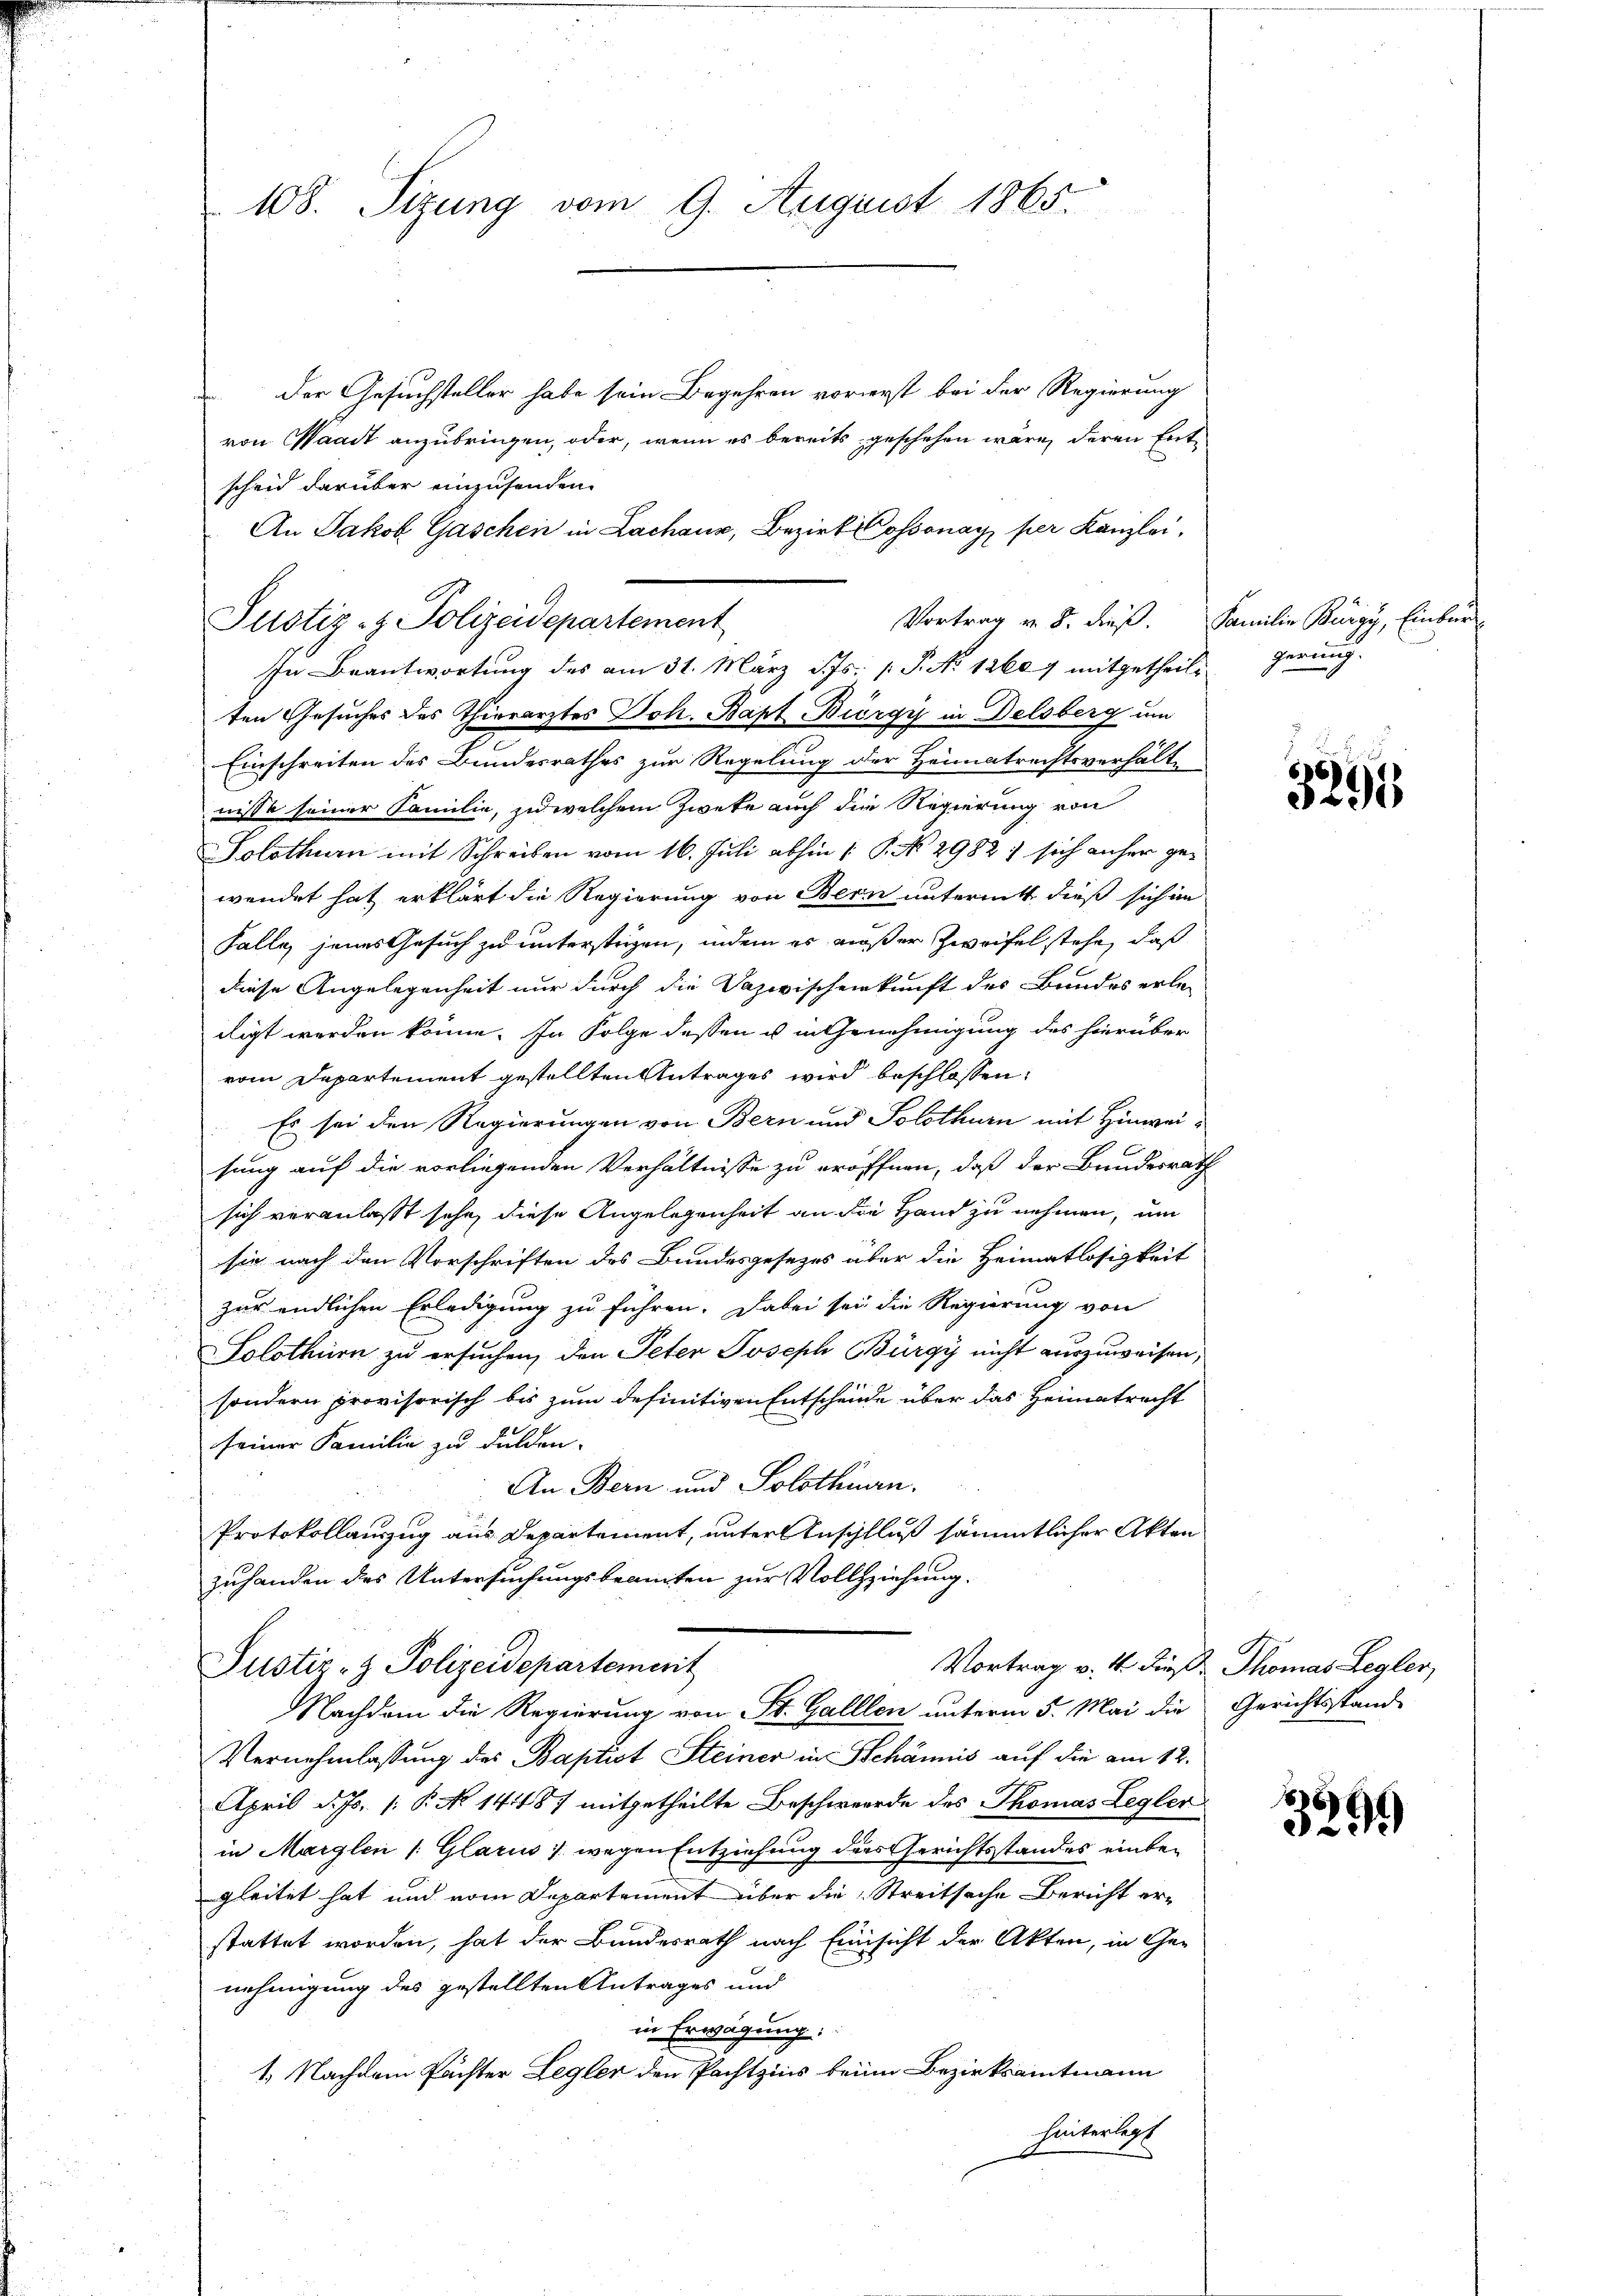
108. Sizung vom 9. August 1865

der Gesuchsteller habe sein Begehren vorerst bei der Regierung
von Waadt anzubringen, oder, wenn es bereits geschehen wäre, deren Entscheid darüber einzusenden.
An Jakob Gaschen in Lachanz, Bezirk Cossonay per Kanzlei,
Einschreiten des Bundesrathes zur Regelung der Heimatrechtsverhältnisse seiner Familie, zu welchem Zweke auch die Regierung von
Solothurn mit Schreiben vom 16. Juli abhin |: P. No. 2982) sich anher gewendet hat erklärt die Regierung von Bern untermitt dieß sich an
Falle jenes Gesuch zu unterstrigen, indem es außer Zweifel stehe, daß
diese Angelegenheit nur durch die Dazwischenkunft des Bundes erle-
digt werden könne. In Folge dessen u in Genehmigung des hierüber
vom Departement gestellten Antrages wird beschlossen:
Es sei den Regierungen von Bern und Solothurn mit Hinweisung auf die vorliegenden Verhältnisse zu eröffnen, daß der Bundesrath
sich veranlaßt sehe, diese Angelegenheit an die Hand zu nehmen, um
sie nach den Vorschriften des Bundesgesetzes über die Heimatlosigkeit
zur endlichen Erledigung zu führen. Dabei sei die Regierung von
Solothurn zu ersuchen, den Peter Joseph Bürgy nicht auszuweisen,
sondern provisorisch bis zum definitiven Entscheide über das Heimatrecht
seiner Familie zu dulden.
An Bern und Solothurn.
Protokollauszug aus Departement, unter Anschluß sämmtlicher Akten
zuhanden des Untersuchungsbeamten zur Vollziehung.

Vortrag v. 8. dieß. Familie Bürgy, Einbur
Justiz- & Polizeidepartement
In Beantwortung des am 31. März d. Js. v. P. No 1260 7 mitgetheilten Gesuches des Thierarztes Joh. Bapt Bürgy in Delsberg um

Vortrag v. 4. dieß Thomas Legler,
Justiz- & Polizeidepartement
Nachdem die Regierung von St. Galllen unterm 5. Mai die

Vernehmlassung des Baptist Steiner in Schännis auf die am 12.
April d. Js. [: P. No 1418) mitgetheilte Beschwerde des Thomas Legler
in Marglen /: Glarus wegen Entziehung ders Gerichtsstandes einbegleitet hat und vom Departement über die Streitsache Bericht erstattet worden, hat der Bundesrath nach Einsicht der Akten, in Ge-
nehmigung des gestellten Antrages und
in Erwägung:
1. Nachdem Pächter Legler den Pachtzins beim Bezirksamtmann
hinterlegt

gerung,

66)
323

Gerichtsstand

1
.
325